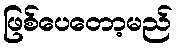
ဖြစ်ပေတော့မည်